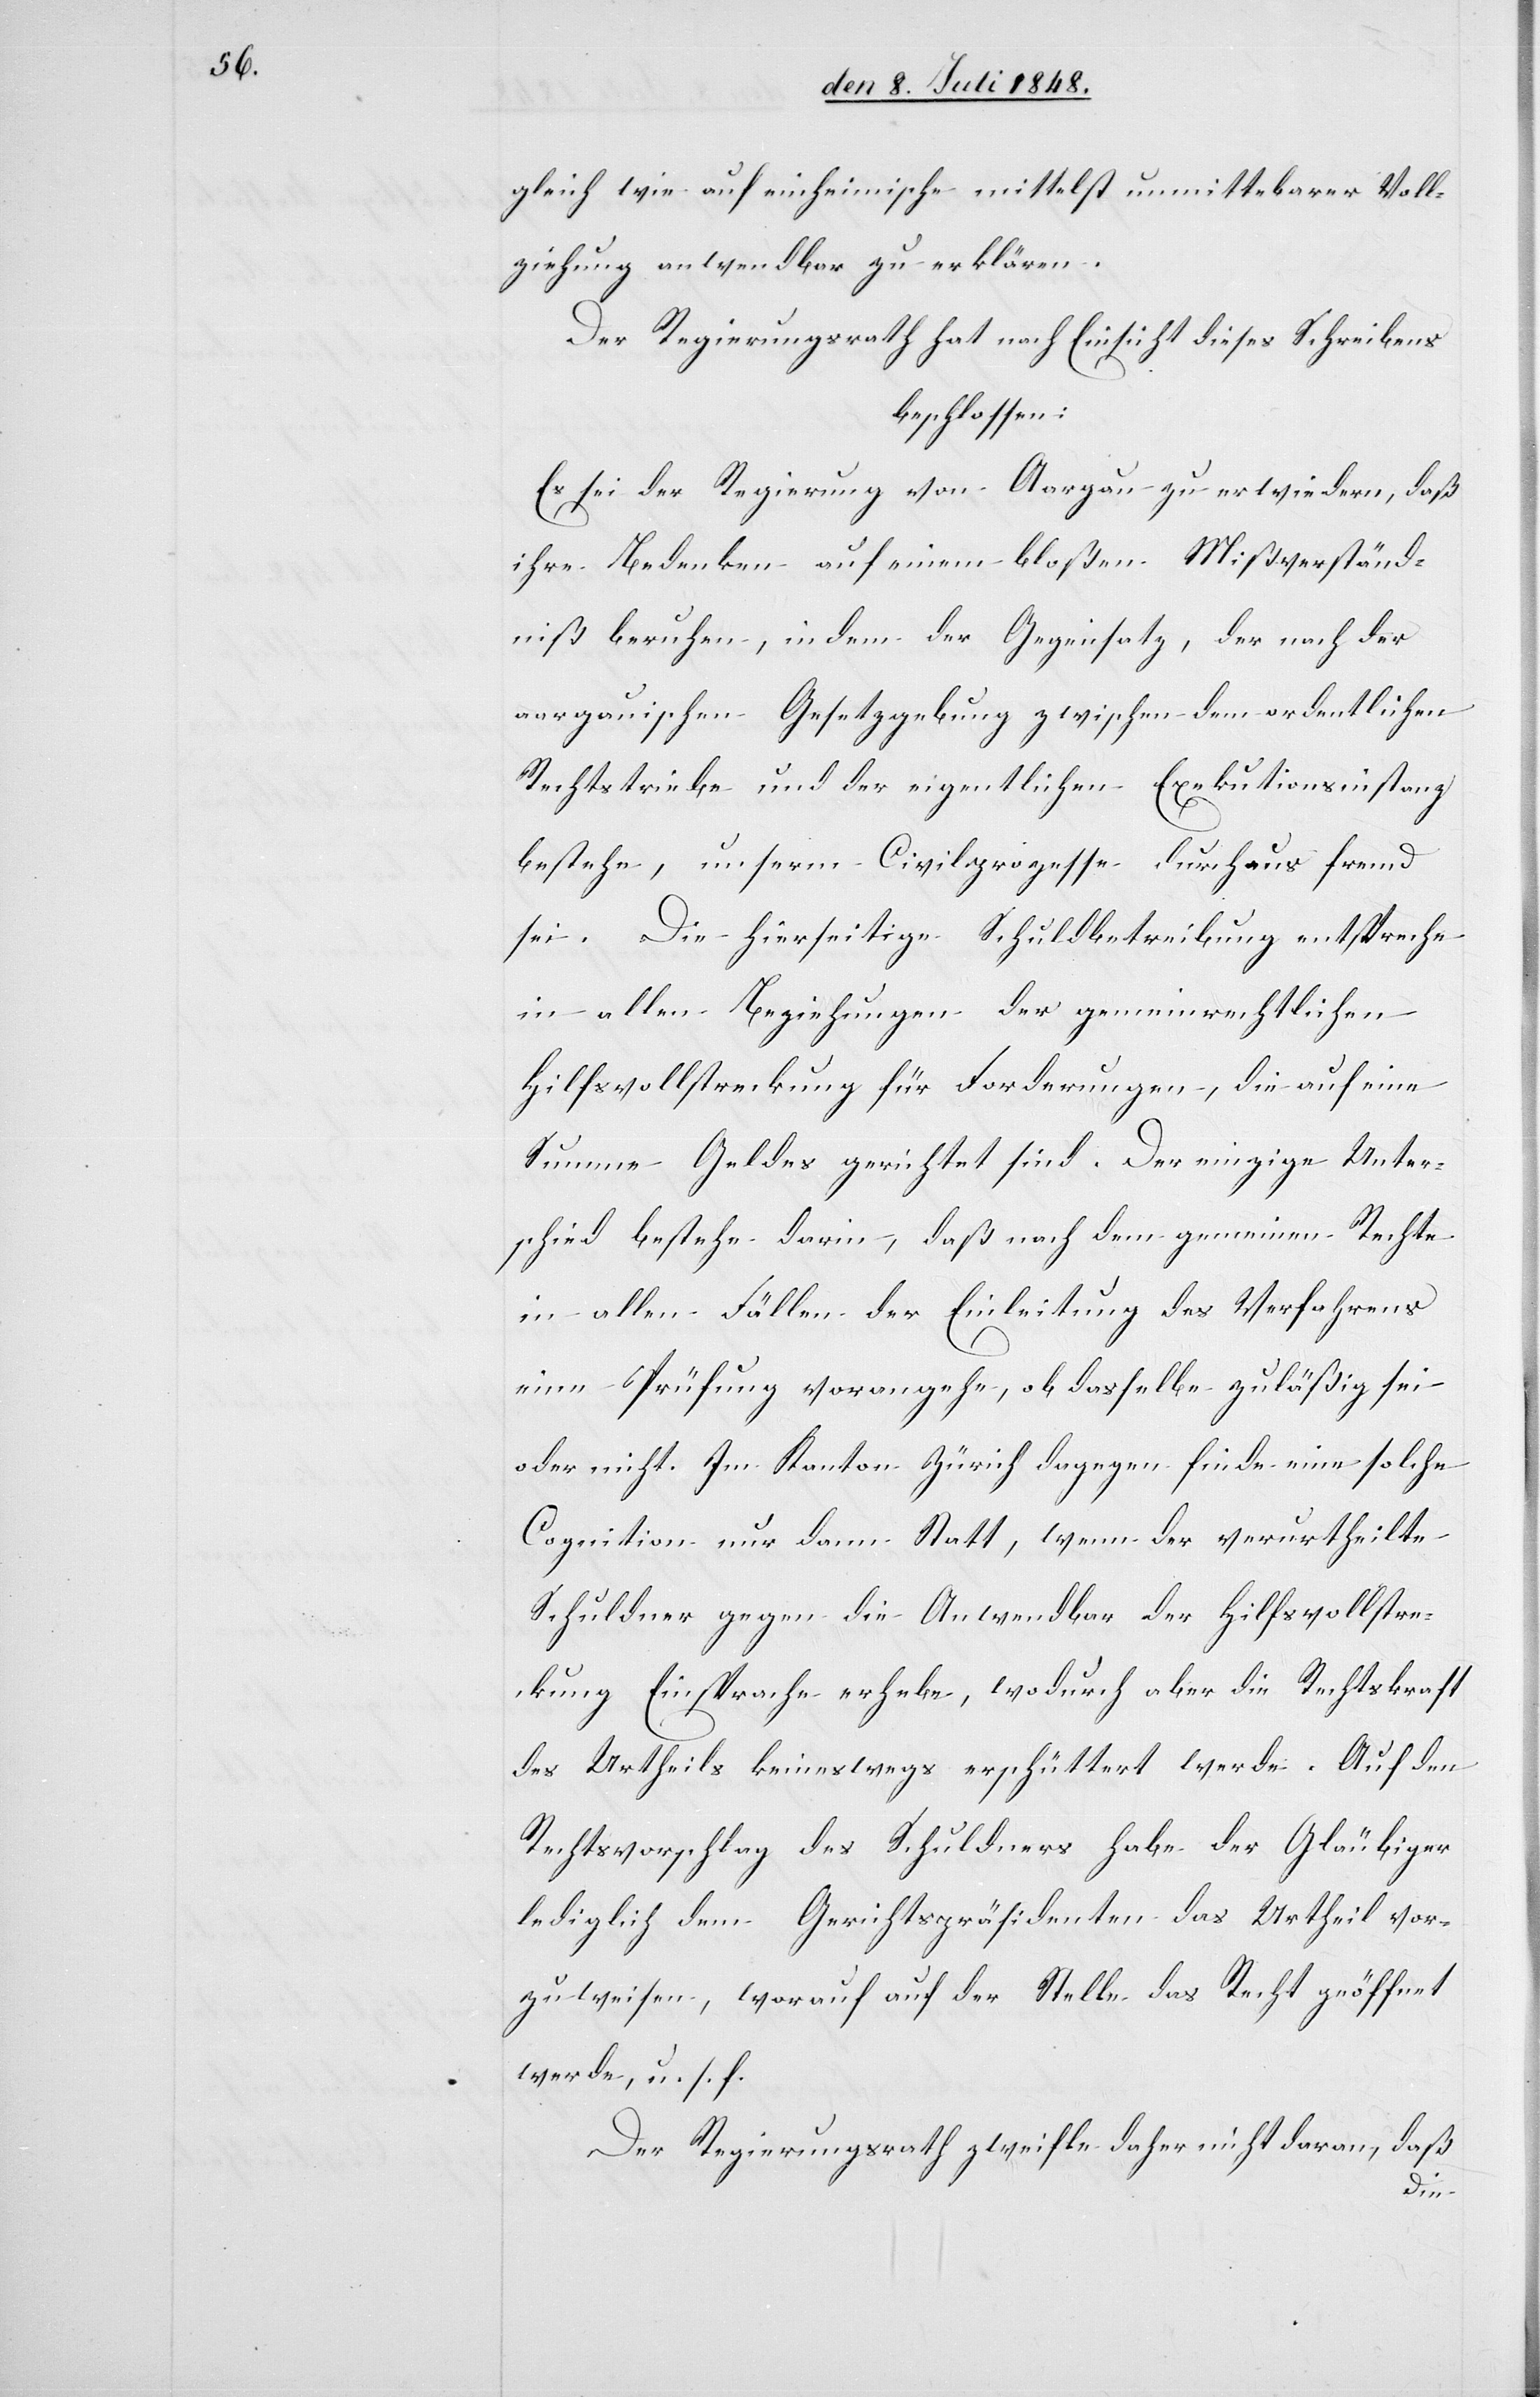
gleich wie auf einheimische mittelst unmittelbarer Voll¬
ziehung anwendbar zu erklären.
Der Regierungsrath hat nach Einsicht dieses Schreibens
beschlossen:
Es sei der Regierung von Aargau zu erwiedern, daß
ihre Bedenken auf einem bloßen Mißverständ¬
niß beruhen, indem der Gegensatz, der nach der
aargauischen Gesetzgebung zwischen dem ordentlichen
Rechtstriebe und der eigentlichen Exekutionsinstanz
bestehe, unserm Civilprozesse durchaus fremd
sei. Die hierseitige Schuldbetreibung entspreche
in allen Beziehungen der gemeinrechtlichen
Hilfsvollstreckung für Forderungen, die auf eine
Summe Geldes gerichtet sind. Der einzige Unter¬
schied bestehe darin, daß nach dem gemeinen Rechte
in allen Fällen der Einleitung des Verfahrens
eine Prüfung vorangehe, ob dasselbe zuläßig sei
oder nicht. Im Kanton Zürich dagegen finde eine solche
Cognition nur dann Statt, wenn der verurtheilte
Schuldner gegen die Anwendbar[keit] der Hilfsvollstre¬
ckung Einsprache erhebe, wodurch aber die Rechtskraft
des Urtheils keineswegs erschüttert werde. Auf den
Rechtsvorschlag des Schuldners habe der Gläubiger
lediglich dem Gerichtspräsidenten das Urtheil vor¬
zuweisen, worauf auf der Stelle das Recht geöffnet
werde, u. s. f.
Der Regierungsrath zweifle daher nicht daran, daß